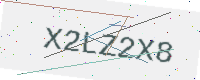
Text: X2LZ2X8